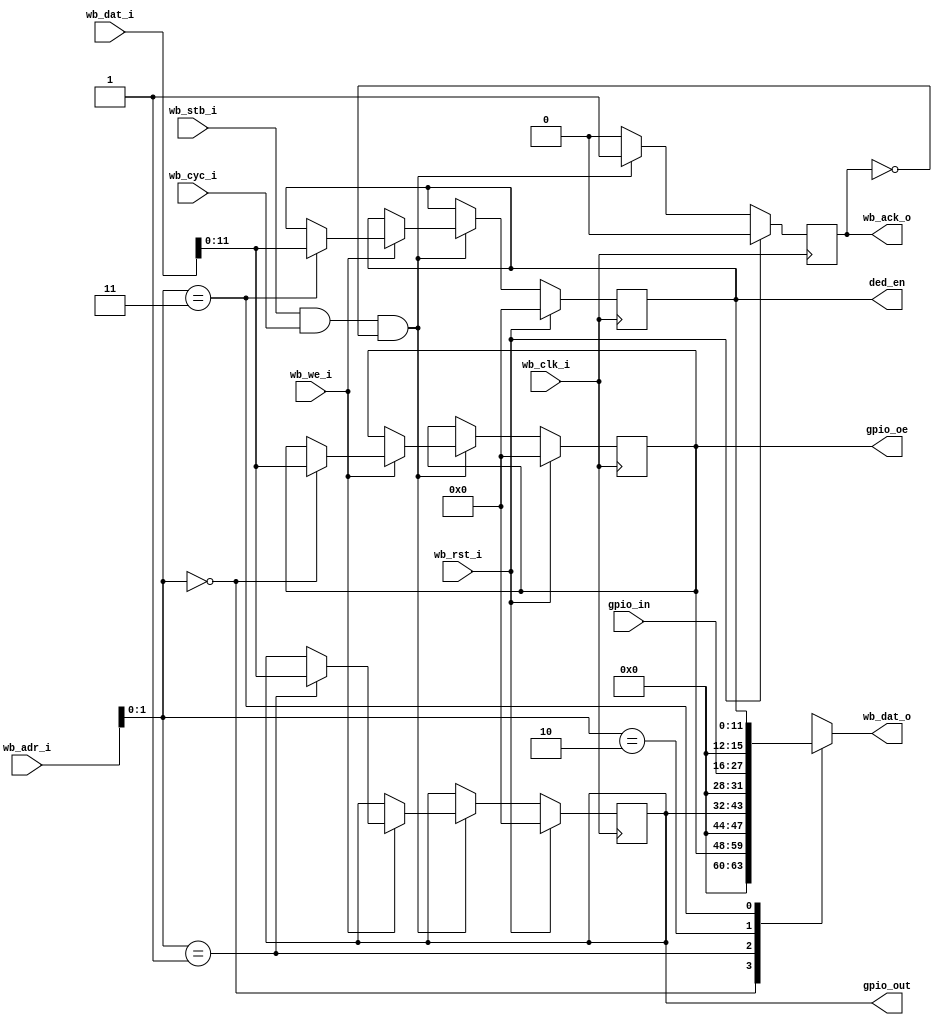
module gpio_controller #(
    parameter NUM_GPIO     = 12,
    parameter OE_DEFAULTS  = 0,
    parameter OUT_DEFAULTS = 0,
    parameter DED_DEFAULTS = 0

  ) (
    input                 wb_clk_i,
    input                 wb_rst_i,
    input                 wb_stb_i,
    input                 wb_cyc_i,
    input                 wb_we_i,
    input          [15:0] wb_adr_i,
    input          [15:0] wb_dat_i,
    output         [15:0] wb_dat_o,
    output                wb_ack_o,

    output [NUM_GPIO-1:0] gpio_oe,
    output [NUM_GPIO-1:0] gpio_out,
    input  [NUM_GPIO-1:0] gpio_in,

    //dedicated function enable
    output [NUM_GPIO-1:0] ded_en
  );

  reg [NUM_GPIO-1:0] gpio_oe_reg;
  reg [NUM_GPIO-1:0] gpio_out_reg;
  reg [NUM_GPIO-1:0] ded_en_reg;

  assign gpio_oe  = gpio_oe_reg;
  assign gpio_out = gpio_out_reg;
  assign ded_en   = ded_en_reg;

  reg wb_ack_reg;
  assign wb_ack_o = wb_ack_reg;

  localparam REG_OE  = 0;
  localparam REG_OUT = 1;
  localparam REG_IN  = 2;
  localparam DED_EN  = 3;

  always @(posedge wb_clk_i) begin
    wb_ack_reg <= 1'b0;

    if (wb_rst_i) begin
      gpio_oe_reg  <= OE_DEFAULTS;
      gpio_out_reg <= OUT_DEFAULTS;
      ded_en_reg   <= DED_DEFAULTS;
    end else begin
      if (wb_stb_i && wb_cyc_i && !wb_ack_reg) begin
        wb_ack_reg <= 1'b1;
        if (wb_we_i) begin
          case (wb_adr_i[1:0])
            REG_OE: begin
              gpio_oe_reg  <= wb_dat_i[NUM_GPIO-1:0];
            end
            REG_OUT: begin
              gpio_out_reg <= wb_dat_i[NUM_GPIO-1:0];
            end
            DED_EN: begin
              ded_en_reg <= wb_dat_i[NUM_GPIO-1:0];
            end
            default: begin
            end
          endcase
        end
      end
    end
  end

  reg [15:0] wb_dat_o_reg;
  assign wb_dat_o = wb_dat_o_reg;
  always @(*) begin
    case (wb_adr_i[1:0])
      REG_OE:
        wb_dat_o_reg <= gpio_oe_reg;
      REG_OUT:
        wb_dat_o_reg <= gpio_out_reg;
      REG_IN:
        wb_dat_o_reg <= gpio_in;
      DED_EN:
        wb_dat_o_reg <= ded_en;
      default:
        wb_dat_o_reg <= 0;
    endcase
  end

endmodule